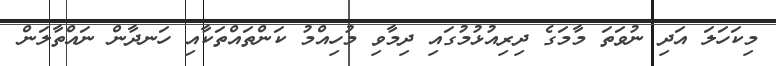
މިކަހަލަ އަދި ނުވަތަ މާމަގެ ދިރިއުޅުމުގައި ދިމާވި މުހިއްމު ކަންތައްތަކާއި ހަނދާން ނައްތާލަން